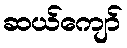
ဆယ်ကျော်